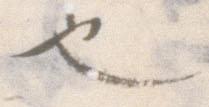
也